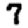
Digit: 7